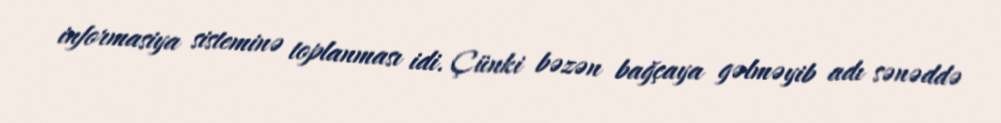
informasiya sisteminə toplanması idi. Çünki bəzən bağçaya gəlməyib adı sənəddə